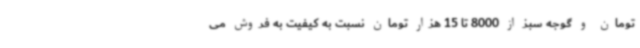
تومان و گوجه سبز از 8000 تا 15 هزار تومان نسبت به کیفیت به فروش می